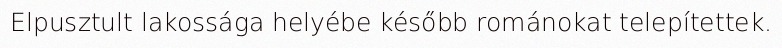
Elpusztult lakossága helyébe később románokat telepítettek.